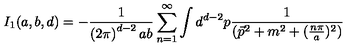
I _ { 1 } ( a , b , d ) = - \frac { 1 } { \left( 2 \pi \right) ^ { d - 2 } a b } \sum _ { n = 1 } ^ { \infty } \int d ^ { d - 2 } p \frac { 1 } { ( \vec { p } ^ { 2 } + m ^ { 2 } + ( \frac { n \pi } { a } ) ^ { 2 } ) }